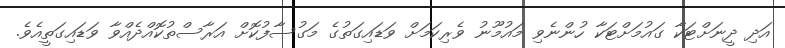
އަދި ދީނަށްޓަކާ ގައުމަށްޓަކާ ހުންނެވި މައުމޫނު ވެރިކަމަށް ވަޑައިގަތުގެ މަގުސާފުކޮށް އަރާސްތުކޮއްދެއްވާ ވަޑައިގަތީއެވެ.